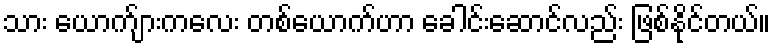
သား ယောက်ျားကလေး တစ်ယောက်ဟာ ခေါင်းဆောင်လည်း ဖြစ်နိုင်တယ်။